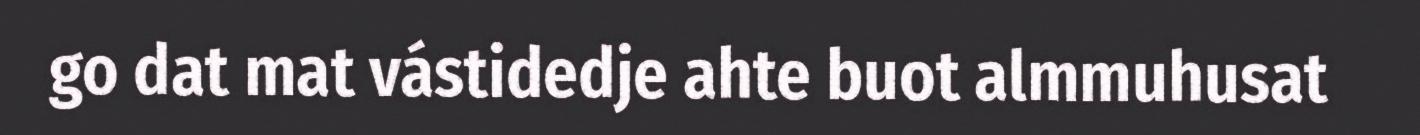
go dat mat vástidedje ahte buot almmuhusat